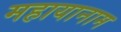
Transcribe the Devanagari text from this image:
महायानाम